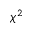
\chi ^ { 2 }